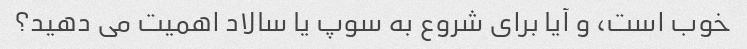
خوب است، و آیا برای شروع به سوپ یا سالاد اهمیت می دهید؟